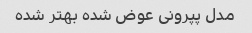
مدل پپرونی عوض شده بهتر شده